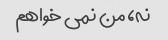
نه، من نمی خواهم